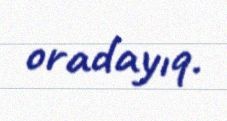
oradayıq.